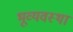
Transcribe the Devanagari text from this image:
भूव्यवस्था